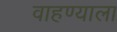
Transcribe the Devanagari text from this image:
वाहण्याला